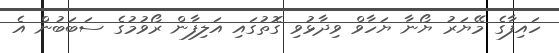
ހައިފާގެ މޭޔަރު ޔޯނާ ޔަހާވް ވިދާޅުވި ގޮތުގައި އަލިފާން ރޯވުމުގެ ސަބަބުން އެ